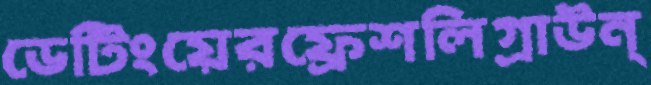
ডেটিংয়েরফ্রেশলিগ্রাউন্